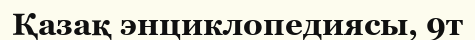
Қазақ энциклопедиясы, 9т